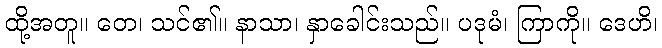
ထို့အတူ။ တေ၊ သင်၏။ နာသာ၊ နှာခေါင်းသည်။ ပဒုမံ၊ ကြာကို။ ဒေဟိ၊